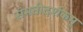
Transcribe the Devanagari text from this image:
संमतीदर्शकम्